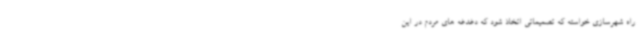
راه شهرسازی خواسته که تصمیماتی اتخاذ شود که دغدغه های مردم در این